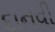
દાનવી